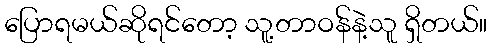
ပြောရမယ်ဆိုရင်တော့ သူ့တာဝန်နဲ့သူ ရှိတယ်။